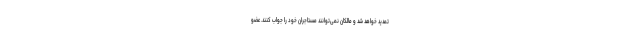
تمدید خواهد شد و مالکان نمی‌توانند مستاجران خود را جواب کنند. عضو